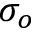
\sigma _ { o }